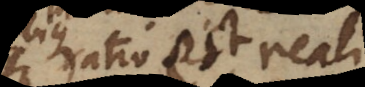
ratio est, reali